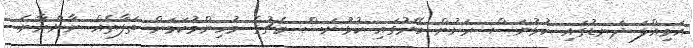
އަމިއްލަ ދަނޑުގައި ކުޅުނަސް ރަށުން ބޭރުގައި ކުޅުނަސް މެޗުގެ މުހިންމުކަމަށް ތަފާތެއް ނާންނާނެ.